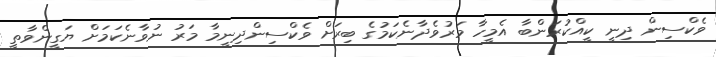
ވެކްސިން ދިނީ ކީއްކުރަންބާ އެމީހާ މަރުވެދާނެކަމުގެ ބިރަށް ވެކްސިންދިނީމާ މަރު ނުވާނެކަމަށް ޔަގީންވާތީ